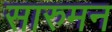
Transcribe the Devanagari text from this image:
सारुमन